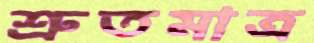
শ্রুতমাত্র